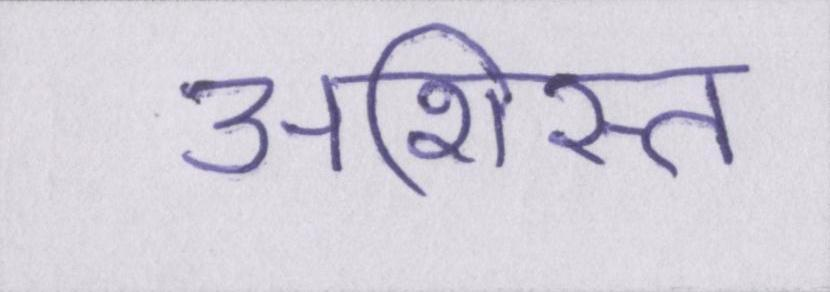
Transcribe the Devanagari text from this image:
अशिस्त